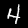
Digit: 4